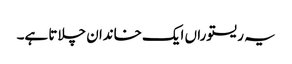
یہ ریستوراں ایک خاندان چلاتا ہے۔